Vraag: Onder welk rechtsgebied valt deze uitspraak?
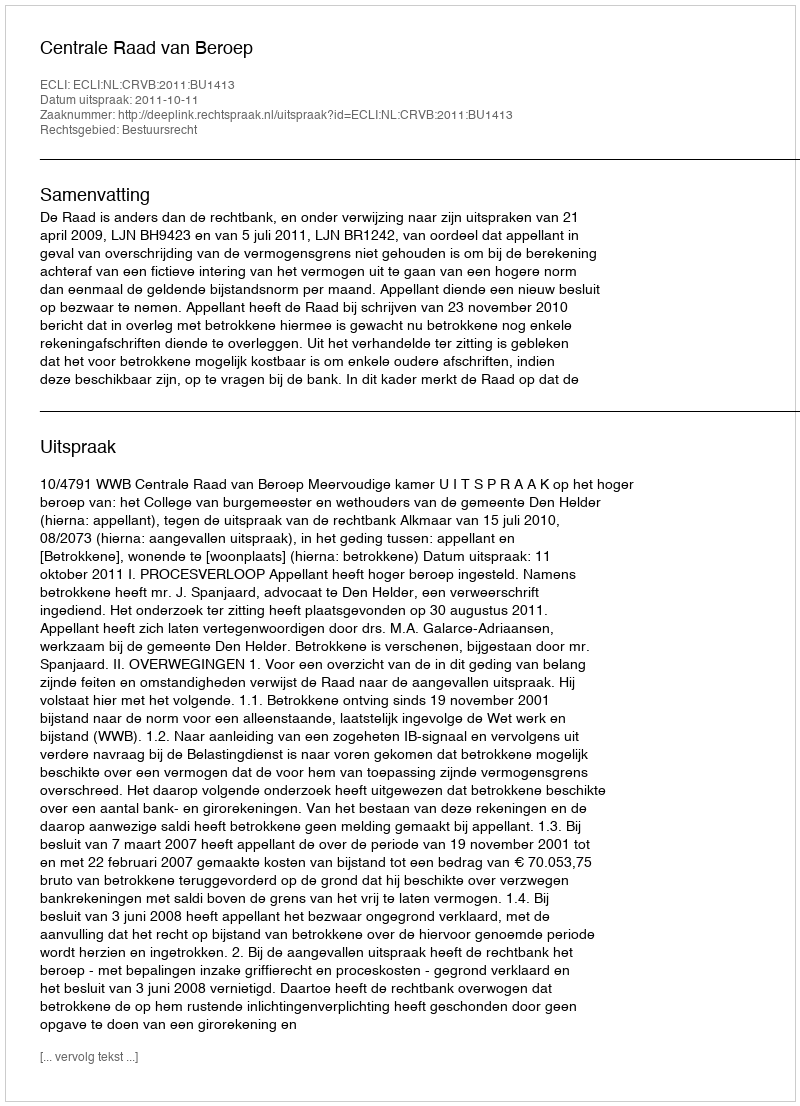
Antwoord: Bestuursrecht